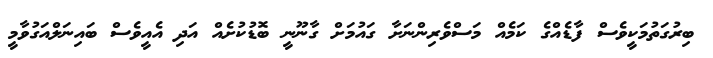
ބިރުގަތުމަކީވެސް ފާޑެއްގެ ކަމެއް މަސްވެރިންނަށާ ގައުމަށް ގާނޫނީ ބޮޑުކުށެއް އަދި އެއީވެސް ބައިނަލްއަގުވާމީ